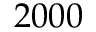
2 0 0 0